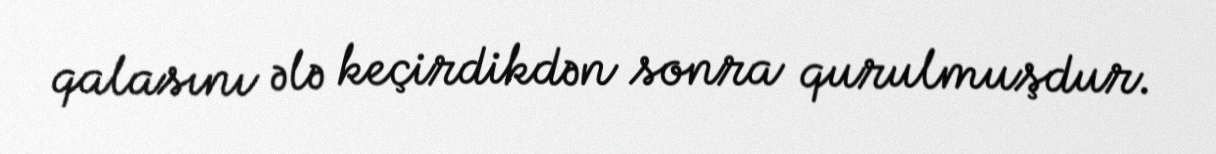
qalasını ələ keçirdikdən sonra qurulmuşdur.